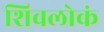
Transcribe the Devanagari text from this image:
शिवलोकं